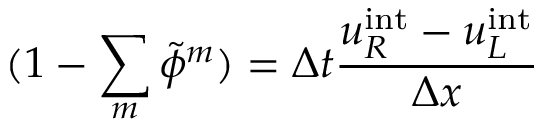
( 1 - \sum _ { m } \tilde { \phi } ^ { m } ) = \Delta t \frac { u _ { R } ^ { \mathrm { i n t } } - u _ { L } ^ { \mathrm { i n t } } } { \Delta x }